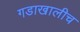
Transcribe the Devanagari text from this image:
गडाखालीच